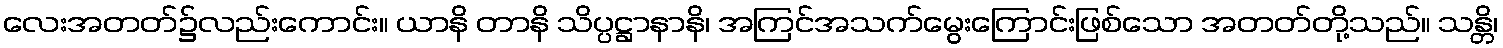
လေးအတတ်၌လည်းကောင်း။ ယာနိ တာနိ သိပ္ပဋ္ဌာနာနိ၊ အကြင်အသက်မွေးကြောင်းဖြစ်သော အတတ်တို့သည်။ သန္တိ၊